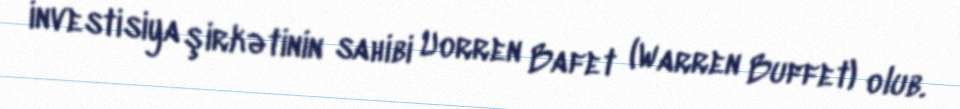
investisiya şirkətinin sahibi Uorren Bafet (Warren Buffet) olub.